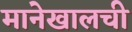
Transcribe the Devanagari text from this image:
मानेखालची